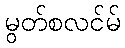
မွတ်စလင်မ်